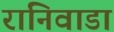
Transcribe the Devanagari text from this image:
रानिवाडा